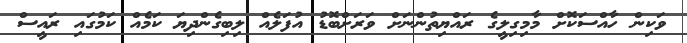
ވަކިން ހާއްސަކޮށް މާމިގިލީގެ ރައްޔިތުންނަށް ވަރަށްބޮޑު އުފަލެއް ލިބިގެންދިޔަ ކަމެއް ކަމުގައި ރައީސް